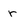
Character: r